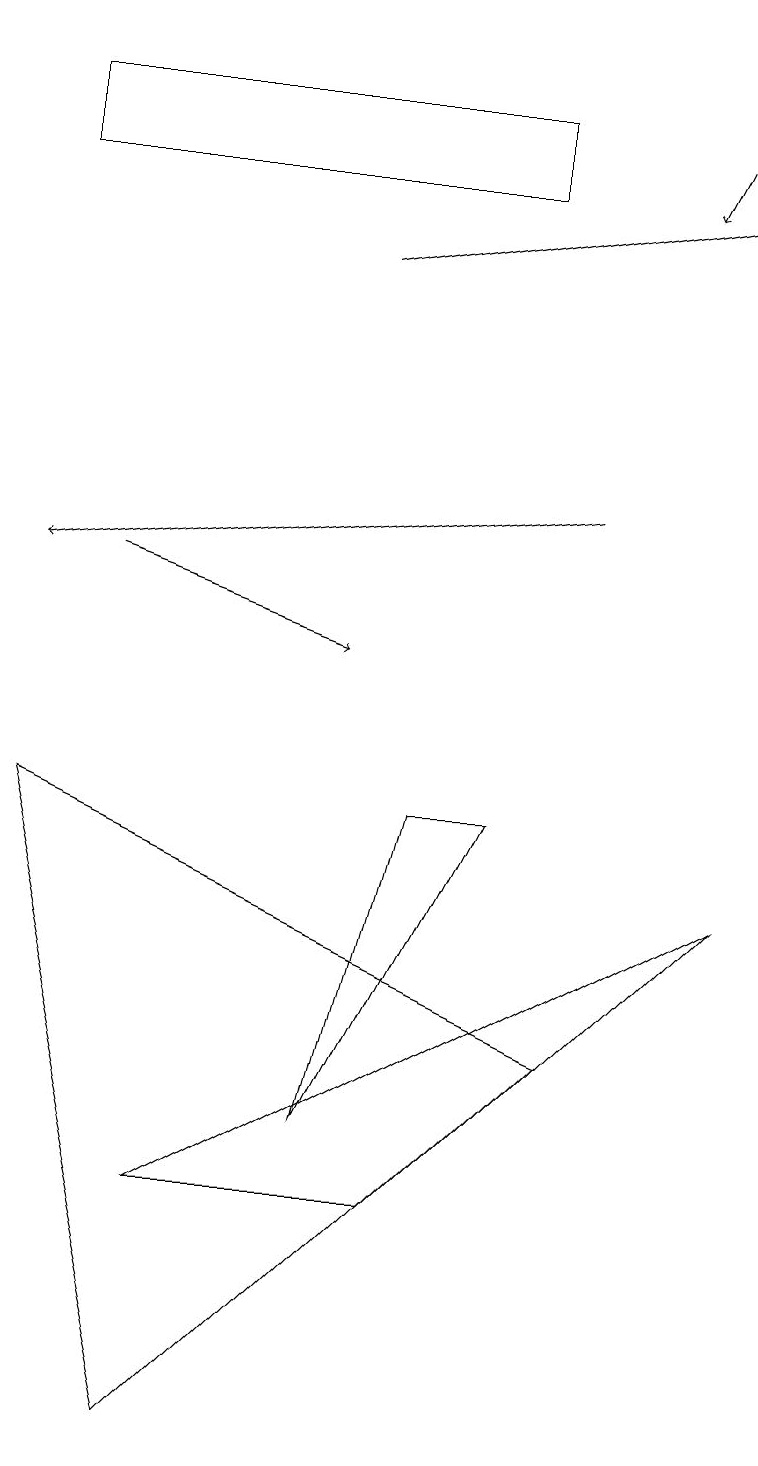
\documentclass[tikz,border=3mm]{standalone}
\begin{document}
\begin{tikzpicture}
\draw[->] (7,13) -- (0,12);
\draw (0,17) rectangle (6,18);
\draw[->] (4,16) -- (9,17);
\draw (6,9) -- (5,9) -- (4,5) -- cycle;
\draw[->] (1,12) -- (4,11);
\draw[->] (9,19) -- (8,17);
\draw (2,4) -- (9,8) -- (5,4) -- cycle;
\draw (2,1) -- (7,6) -- (0,9) -- cycle;
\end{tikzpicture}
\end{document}